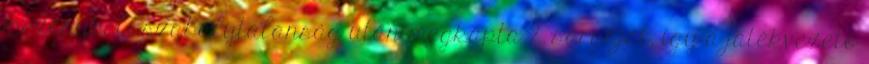
mezőnybeli szabálytalanság után megkapta 2. sárgáját, így a játékvezető